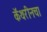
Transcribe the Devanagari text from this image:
कॅथरीनचा